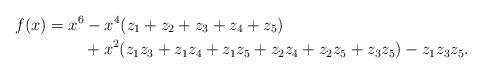
LaTeX: \begin{align*} f(x) &= x^6 - x^4 ( z_1 + z_2 + z_3 + z_4 + z_5 )\\ & \qquad\; + x^2 (z_1 z_3 + z_1 z_4 + z_1 z_5 + z_2 z_4 + z_2 z_5 + z_3 z_5) - z_1 z_3 z_5.\end{align*}